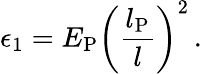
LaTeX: \epsilon_{1}=E_{\mathrm{P}}\left(\frac{l_{\mathrm{P}}}{l}\right)^{2}\, .